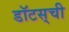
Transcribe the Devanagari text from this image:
डॉटस्‌ची